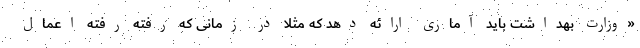
«وزارت بهداشت باید آماری ارائه دهد که مثلا در زمانی که رفته رفته اعمال